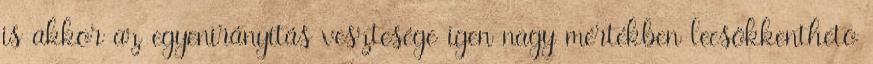
is akkor az egyenirányítás vesztesége igen nagy mértékben lecsökkenthetõ